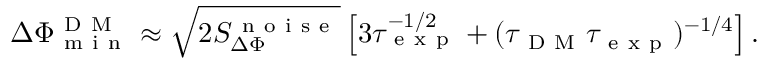
\Delta \Phi _ { \mathrm { ~ m ~ i ~ n ~ } } ^ { \mathrm { ~ D ~ M ~ } } \approx \sqrt { 2 S _ { \Delta \Phi } ^ { \mathrm { ~ n ~ o ~ i ~ s ~ e ~ } } } \left[ 3 \tau _ { \mathrm { ~ e ~ x ~ p ~ } } ^ { - 1 / 2 } + ( \tau _ { \mathrm { ~ D ~ M ~ } } \tau _ { \mathrm { ~ e ~ x ~ p ~ } } ) ^ { - 1 / 4 } \right] .